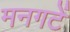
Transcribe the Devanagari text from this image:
मनगटें